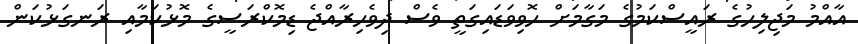
އާއްމު މަޖިލިހުގެ ރައީސްކަމުގެ މަގާމަށް ހޮވިވަޑައިގަތީ ވެސް ދިވެހިރާއްޖެ ޑިމޮކްރަސީގެ މޮޅުކަމާއި ރަނގަޅުކަން